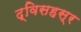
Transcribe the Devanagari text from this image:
द्विसहस्र